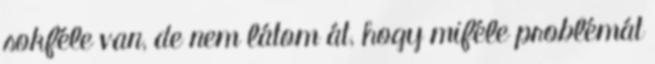
sokféle van, de nem látom át, hogy miféle problémát